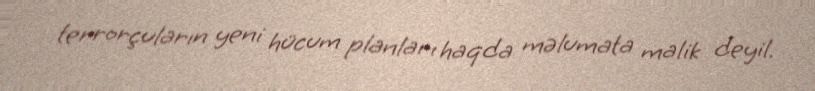
terrorçuların yeni hücum planları haqda məlumata malik deyil.